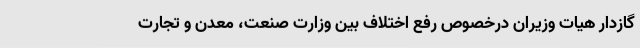
گازدار هیات وزیران درخصوص رفع اختلاف بین وزارت صنعت، معدن و تجارت